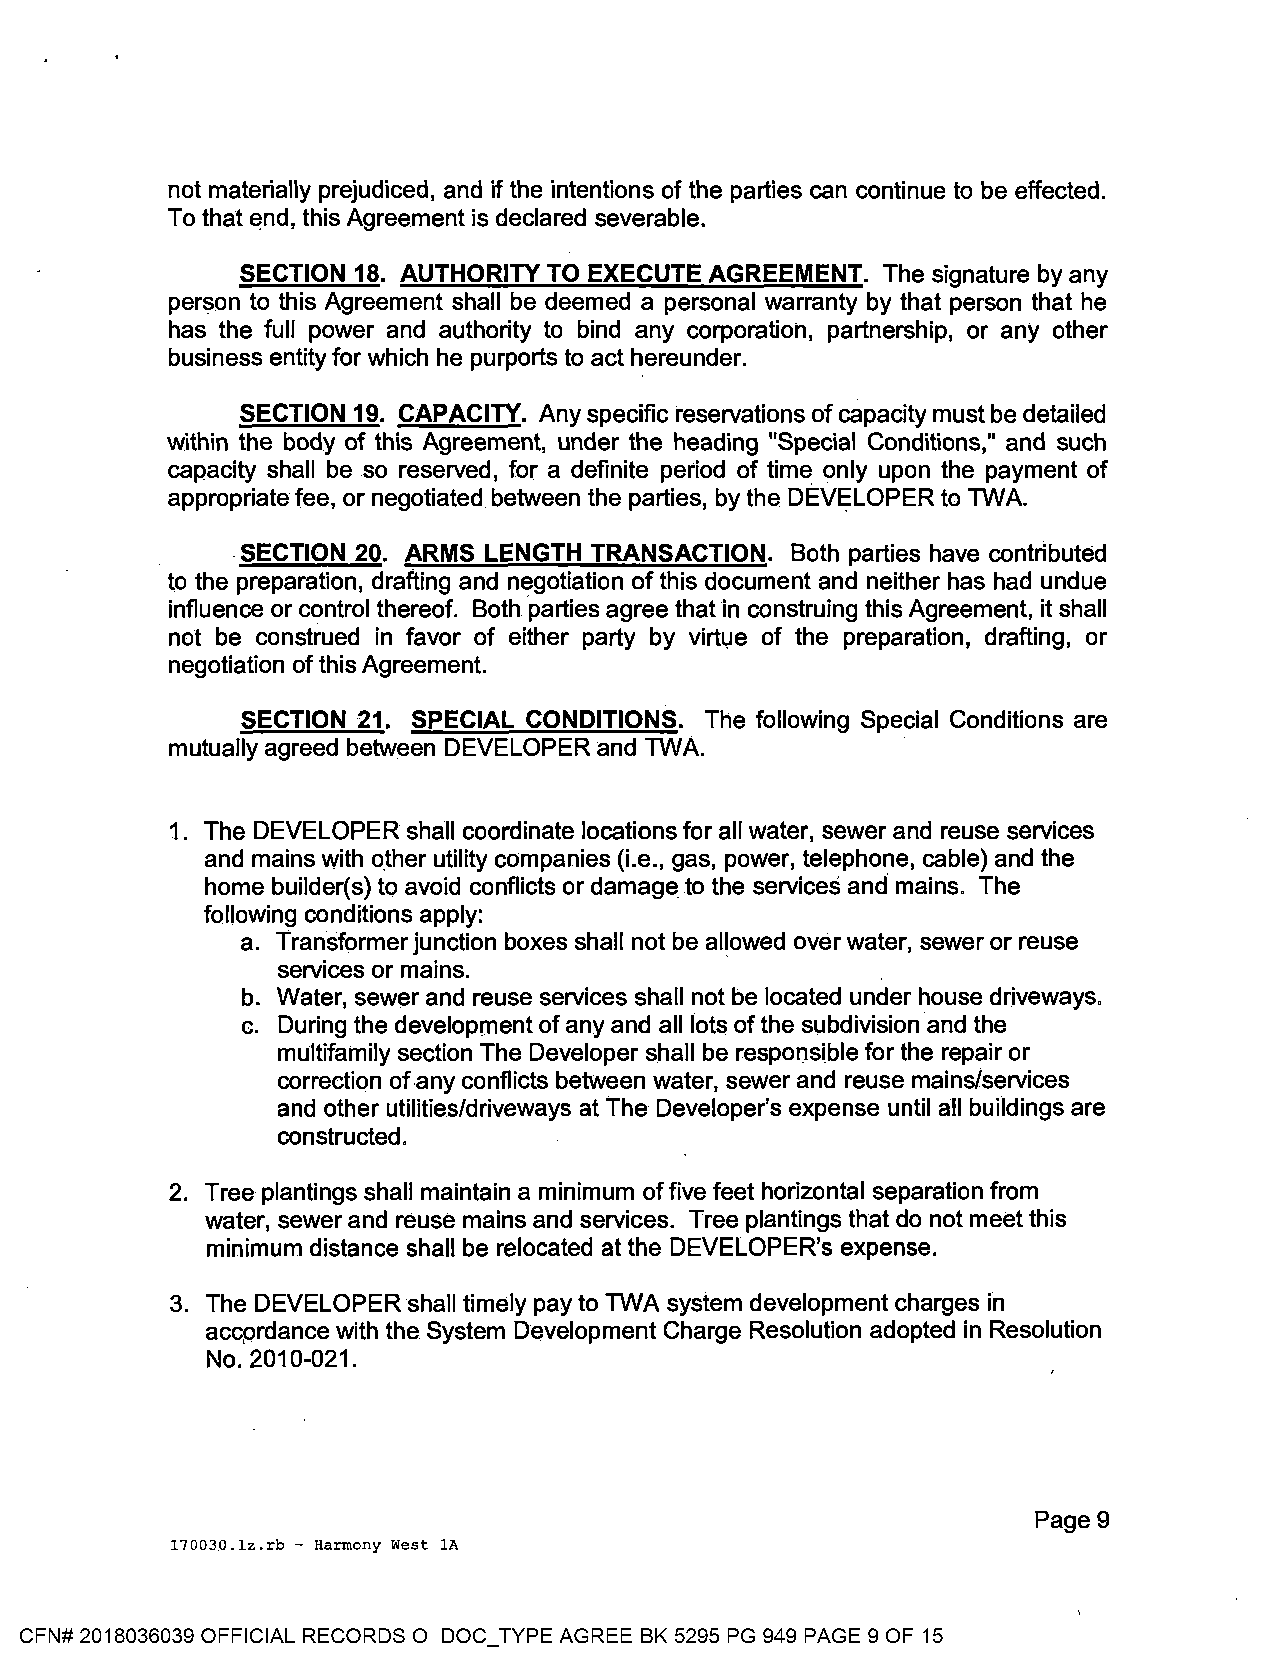
not materially prejudiced, and if the intentions of the parties can continue to be effected.
 To that end, this Agreement is declared severable.
 SECTION 18. AUTHORITY TO EXECUTE AGREEMENT. The signature by any
 person to this Agreement shall be deemed a personal warranty by that person that he
 has the full power and authority to bind any corporation, partnership, or any other
 business entity for which he purports to act hereunder.
 SECTION 19. CAPACITY. Any specific reservations of capacity must be detailed
 within the body of this Agreement, under the heading "Special Conditions," and such
 capacity shall be so reserved, for a definite period of time only upon the payment of
 appropriate fee, or negotiated between the parties, by the DEV~LOPER to TWA.
 .SECTION 20. ARMS LENGTH TRANSACTION. Both parties have contributed
 to the preparation, drafting and negotiation of this document and neither has had undue
 influence or control thereof. Both ·parties agree that in construing this Agreement, it shall
 not be construed in favor of either party by virtlJe of the preparation, drafting, or
 negotiation of this Agreement.
 SECTION 21. SPECIAL CONDITIONS. The following Special Conditions are
 mutually agreed between DEVELOPER and TWA.
 1. The DEVELOPER shall coordinate locations for all water, sewer and reuse services
 and mains with other utility companies (i.e., gas, power, telephone, cable) and the
 home builder(s) to avoid conflicts or damage.to the services and mains. The
 following conditions apply:
 a. Transformer junction boxes shall not be allowed over water, sewer or reuse
 services or mains.
 b. Water, sewer and reuse services shall not be located under house driveways.
 c. During the development of any and all lots of the subdivision and the
 multifamily section The Developer shall be responsible for the repair or
 correction ofany conflicts between water, sewer and reuse mains/services
 and other utilities/driveways at The Developer's expense until all buildings are
 constructed.
 2. Tree plantings shall maintain a minimum of five feet horizontal separation from
 water, sewer and reuse mains and services. Tree plantings that do not meet this
 minimum distance shall be relocated at the DEVELOPER's expense.
 3. The DEVELOPER shall timely pay to TWA system development charges in
 accprdance with the System Development Charge Resolution adopted in Resolution
 No. 2010-021.
 Page9
 170030.lz.rb - Harmony West lA
 CFN# 2018036039 OFFICIAL RECORDS O DOC_TYPE AGREE BK 5295 PG 949 PAGE 9 OF 15